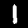
Digit: 1